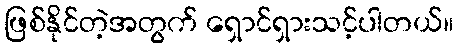
ဖြစ်နိုင်တဲ့အတွက် ရှောင်ရှားသင့်ပါတယ်။